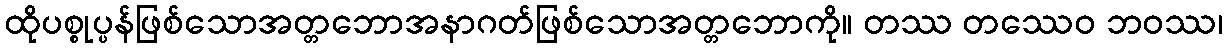
ထိုပစ္စုပ္ပန်ဖြစ်သောအတ္တဘောအနာဂတ်ဖြစ်သောအတ္တဘောကို။ တဿ တဿေဝ ဘဝဿ၊